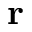
\mathbf { r }